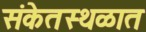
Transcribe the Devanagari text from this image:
संकेतस्थळात